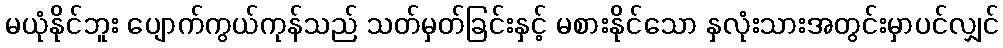
မယုံနိုင်ဘူး ပျောက်ကွယ်ကုန်သည် သတ်မှတ်ခြင်းနှင့် မစားနိုင်သော နှလုံးသားအတွင်းမှာပင်လျှင်